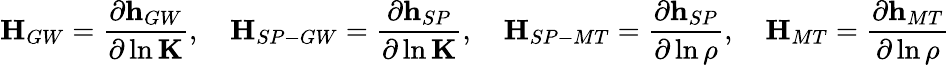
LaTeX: \mathbf{H}_{GW}=\frac{\partial\mathbf{h}_{GW}}{\partial\ln\mathbf{K}},\quad\mathbf{H}_{SP-GW}=\frac{\partial\mathbf{h}_{SP}}{\partial\ln\mathbf{K}},\quad\mathbf{H}_{SP-MT}=\frac{\partial\mathbf{h}_{SP}}{\partial\ln\rho},\quad\mathbf{H}_{MT}=\frac{\partial\mathbf{h}_{MT}}{\partial\ln\rho}